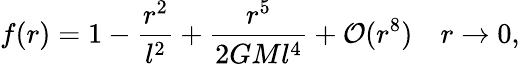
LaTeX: f(r)=1-\frac{r^{2}}{l^{2}}+\frac{r^{5}}{2GMl^{4}}+{\cal O}(r^{8})~~~~r\rightarrow 0,